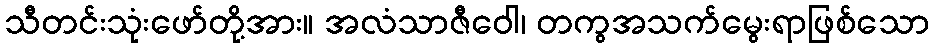
သီတင်းသုံးဖော်တို့အား။ အလံသာဇီဝေါ၊ တကွအသက်မွေးရာဖြစ်သော